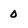
Character: 0